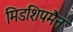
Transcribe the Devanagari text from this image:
मिडशिपमैन